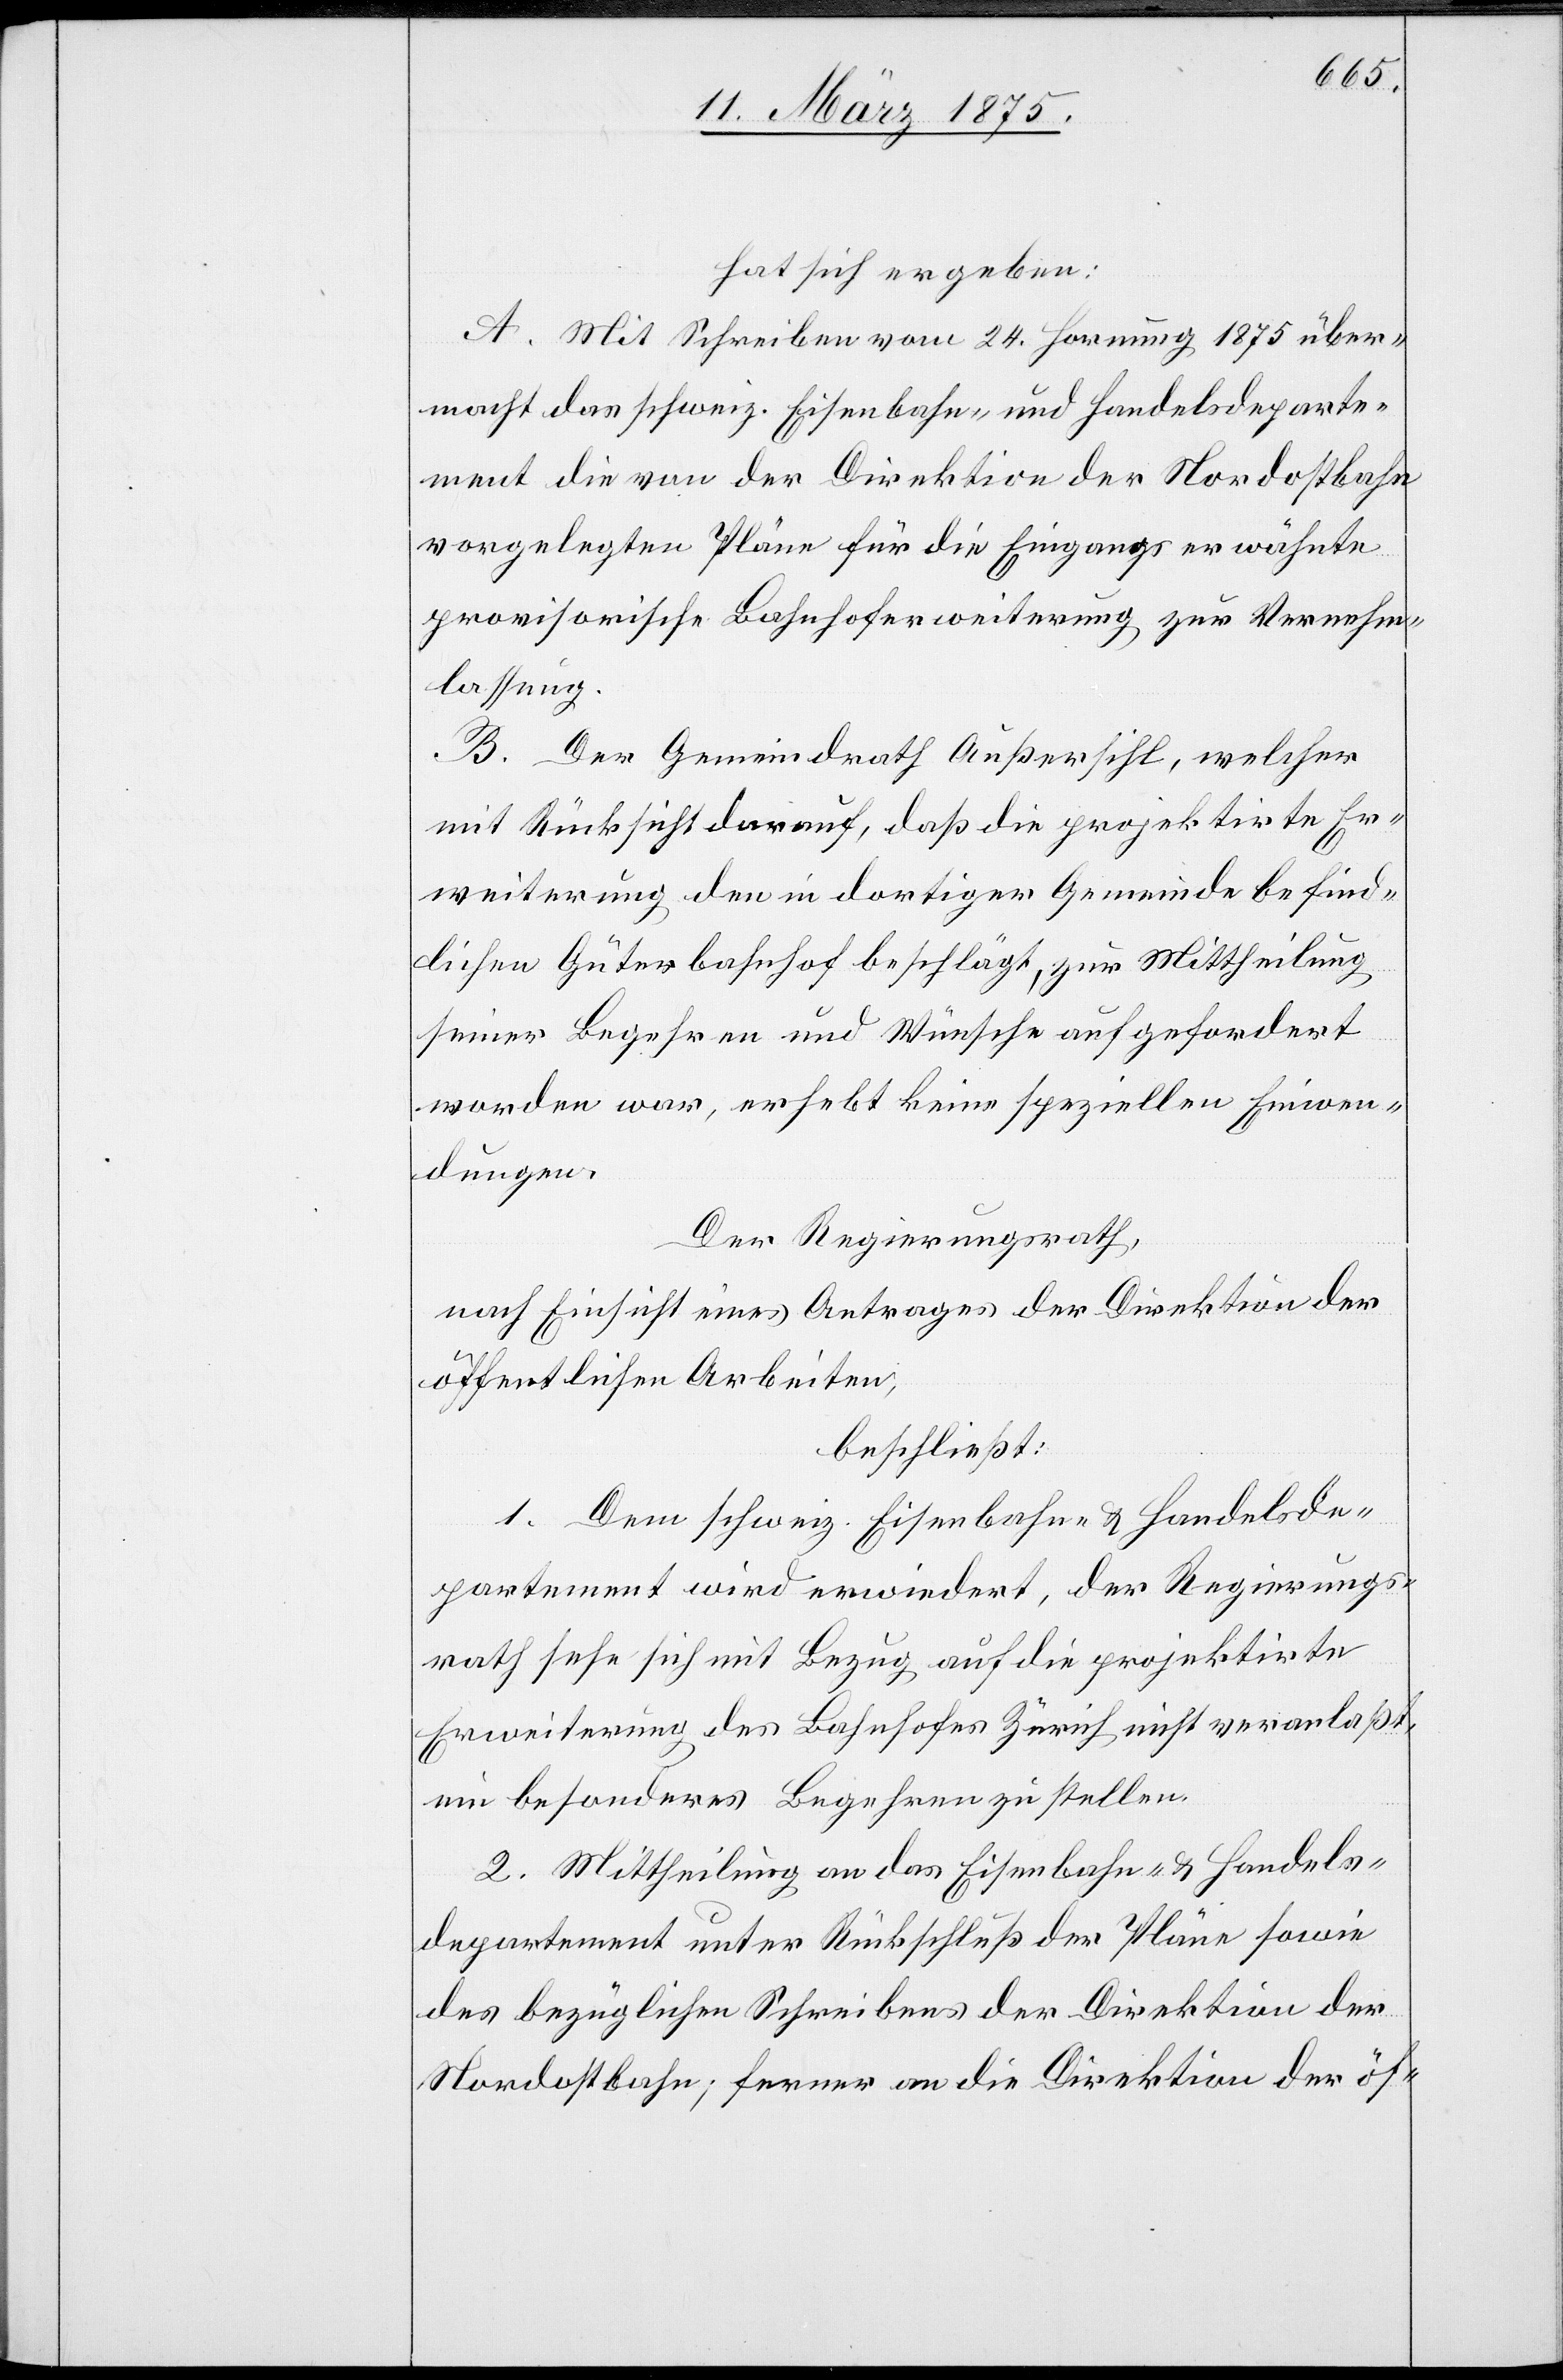
hat sich ergeben:
A. Mit Schreiben vom 24. Hornung 1875 über¬
macht das schweiz. Eisenbahn- und Handelsdeparte¬
ment die von der Direktion der Nordostbahn
vorgelegten Pläne für die Eingangs erwähnte
provisorische Bahnhoferweiterung zur Vernehm¬
lassung.
B. Der Gemeindrath Außersihl, welcher
mit Rücksicht darauf, daß die projektirte Er¬
weiterung den in dortiger Gemeinde befind¬
lichen Güterbahnhof beschlägt, zur Mittheilung
seiner Begehren und Wünsche aufgefordert
worden war, erhebt keine speziellen Einwen¬
dungen.
Der Regierungsrath,
nach Einsicht eines Antrage der Direktion der
öffentlichen Arbeiten,
beschließt:
1. Dem schweiz. Eisenbahn- & Handelsde¬
partement wird erwiedert, der Regierungs¬
rath sehe sich mit Bezug auf die projektirte
Erweiterung des Bahnhofes Zürich nicht veranlaßt,
ein besonderes Begehren zu stellen.
2. Mittheilung an das Eisenbahn- & Handels¬
departement unter Rückschluß der Pläne sowie
des bezüglichen Schreibens der Direktion der
Nordostbahn, ferner an die Direktion der öf-